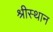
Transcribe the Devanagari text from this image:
श्रीस्थान